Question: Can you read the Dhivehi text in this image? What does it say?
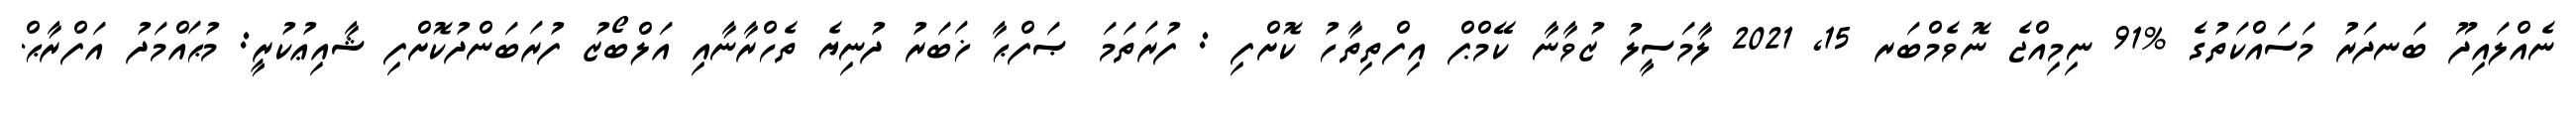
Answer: ނެއްލައިދޫ ބަނދަރު މަސައްކަތުގެ %91 ނިމިއްޖެ ނޮވެމްބަރ 15, 2021 ލާމަސީލު ޒުވާނާ ކޭމްޕް އިފްތިތާހު ކޮށްފި : ފުރަތަމަ ޞަފްޙާ ޚަބަރު ދުނިޔެ ތެހްރާނާއި އަލްބޯޒު ފުރަބަންދުކޮށްފި ޝާއިޢުކުރީ: މުޙައްމަދު އަފްރާޙް.